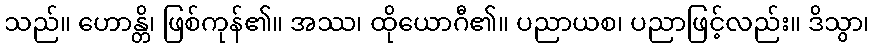
သည်။ ဟောန္တိ၊ ဖြစ်ကုန်၏။ အဿ၊ ထိုယောဂီ၏။ ပညာယစ၊ ပညာဖြင့်လည်း။ ဒိသွာ၊